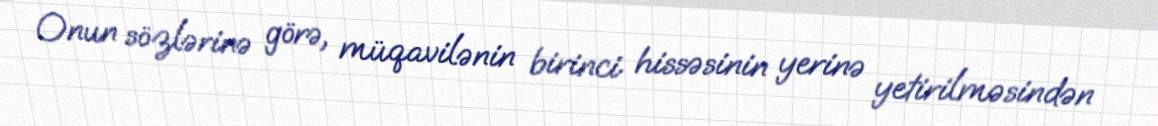
Onun sözlərinə görə, müqavilənin birinci hissəsinin yerinə yetirilməsindən